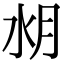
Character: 𣍤